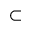
\subset